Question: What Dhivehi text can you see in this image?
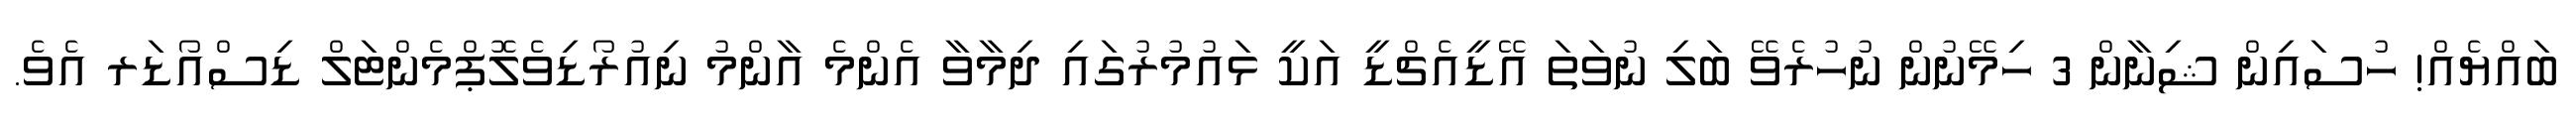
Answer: ބައްޔެއް! ހުސައިން ޝިނާން 3 ހިމޭނުން ނުހުރެވޭ ބަލި ނުވަތަ އޭޑީއެޗްޑީ އަކީ ޅައުމުރުގައި ދިމާވާ އެންމެ އާންމު ނިއުރޯޑިވެލޮޕްމެންޓަލް ޑިސްއޯޑަރ އެވެ.